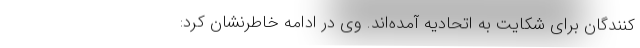
کنندگان برای شکایت به اتحادیه آمده‌اند‌. وی در ادامه خاطرنشان کرد: